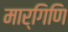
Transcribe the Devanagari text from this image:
मार्गिणि